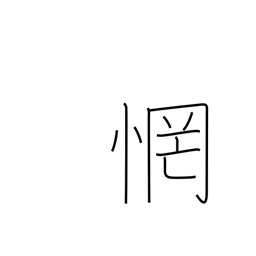
Meaning: be astonished